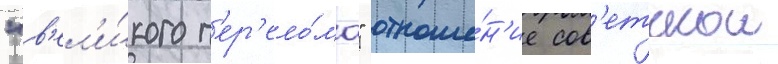
"в'ел'и́кого п'ер'ело́ма" отноше́н'ие сов'етскои